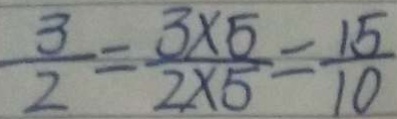
\frac { 3 } { 2 } = \frac { 3 \times 5 } { 2 \times 5 } = \frac { 1 5 } { 1 0 }